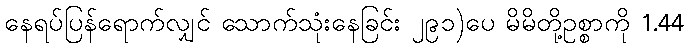
နေရပ်ပြန်ရောက်လျှင် သောက်သုံးနေခြင်း ၂၉၁)ပေ မိမိတို့ဥစ္စာကို 1.44